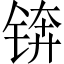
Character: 锛